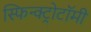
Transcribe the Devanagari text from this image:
स्फिन्क्ट्रोटॉमी